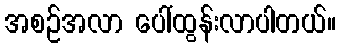
အစဉ်အလာ ပေါ်ထွန်းလာပါတယ်။